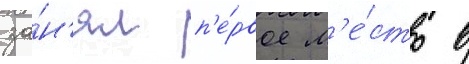
за́н'ял п'е́рвое м'е́сто в